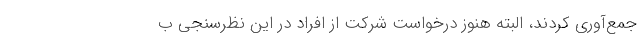
جمع‌آوری کردند، البته هنوز درخواست شرکت از افراد در این نظرسنجی ب